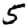
Digit: 5